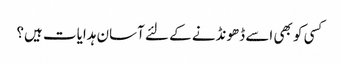
کسی کو بھی اسے ڈھونڈنے کے لئے آسان ہدایات ہیں؟